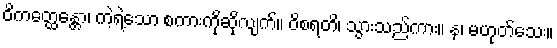
ဝိကတ္ထေန္တော၊ ကဲ့ရဲ့သော စကားကိုဆိုလျက်။ ဝိစရတိ၊ သွားသည်ကား။ န၊ မဟုတ်သေး။